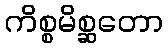
ကိစ္စမိစ္ဆတော